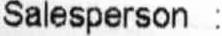
SALESPERSON :